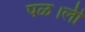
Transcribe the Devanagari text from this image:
पळ।ली